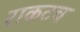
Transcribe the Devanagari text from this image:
राकटच